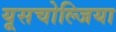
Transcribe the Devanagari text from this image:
यूसचोल्जिया